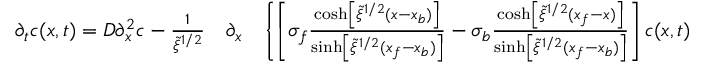
\begin{array} { r l r } { \partial _ { t } c ( x , t ) = D \partial _ { x } ^ { 2 } c - \frac { 1 } { \tilde { \xi } ^ { 1 / 2 } } } & { { } \partial _ { x } } & { \left\{ \left[ \sigma _ { f } \frac { \cosh \left[ \tilde { \xi } ^ { 1 / 2 } ( x - x _ { b } ) \right] } { \sinh \left[ \tilde { \xi } ^ { 1 / 2 } ( x _ { f } - x _ { b } ) \right] } - \sigma _ { b } \frac { \cosh \left[ \tilde { \xi } ^ { 1 / 2 } ( x _ { f } - x ) \right] } { \sinh \left[ \tilde { \xi } ^ { 1 / 2 } ( x _ { f } - x _ { b } ) \right] } \right] c ( x , t ) \right. } \end{array}